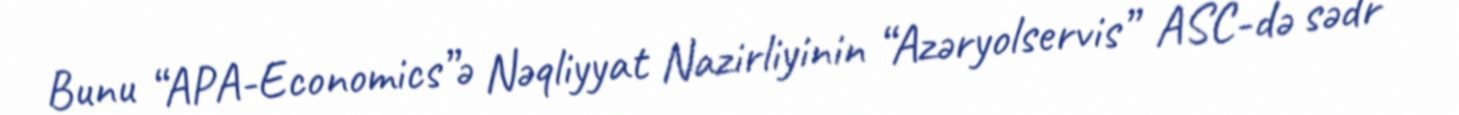
Bunu “APA-Economics”ə Nəqliyyat Nazirliyinin “Azəryolservis” ASC-də sədr